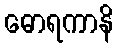
ဓောရကာနိ